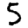
Digit: 5